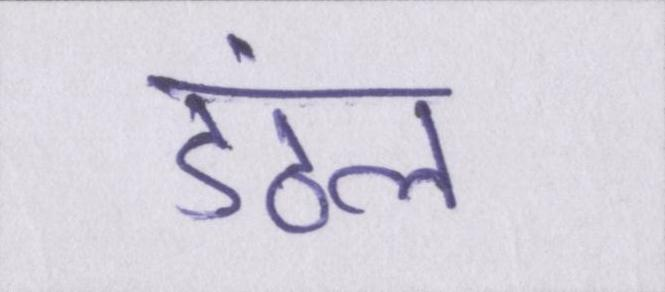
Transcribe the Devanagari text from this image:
डंठल